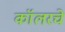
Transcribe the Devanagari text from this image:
कॉलरचे